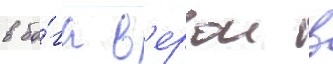
в бо́га в'ерои в